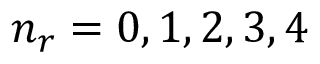
n _ { r } = 0 , 1 , 2 , 3 , 4